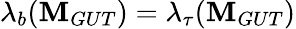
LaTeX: \lambda_{b}(\mathbf{M}_{GUT})=\lambda_{\tau}(\mathbf{M}_{GUT})